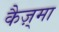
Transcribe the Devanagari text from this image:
कैज़्मा